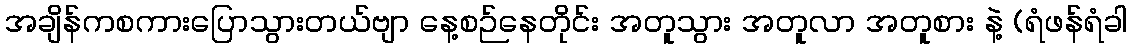
အချိန်ကစကားပြောသွားတယ်ဗျာ နေ့စဉ်နေတိုင်း အတူသွား အတူလာ အတူစား နဲ့ (ရံဖန်ရံခါ